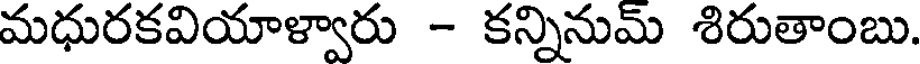
మధురకవియాళ్వారు - కన్నినుమ్ శిరుతాంబు.